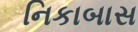
નિકાબાસ